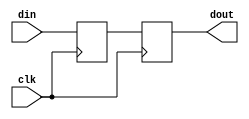
module top(input clk,din,output dout);



wire clk_buf/*synthesis keep*/;

wire clk_buf2/*synthesis keep*/;

assign clk_buf = clk;

assign clk_buf2 = clk_buf;

reg din_ff,din_ff2;



always@(posedge clk_buf)

   din_ff  <= din;



always@(posedge clk_buf2)

   din_ff2 <= din_ff;



assign dout = din_ff2;


endmodule